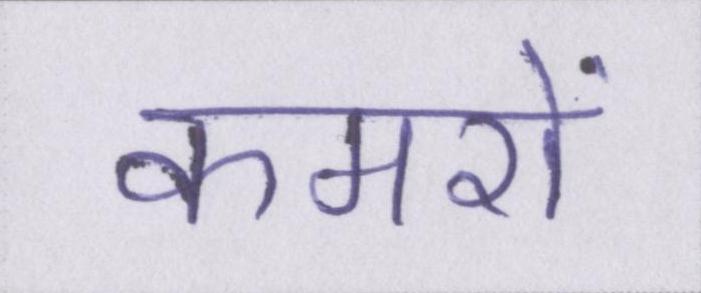
कमरों